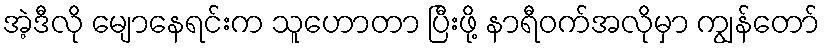
အဲ့ဒီလို မျောနေရင်းက သူဟောတာ ပြီးဖို့ နာရီဝက်အလိုမှာ ကျွန်တော်